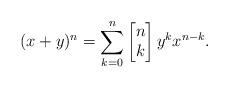
LaTeX: \begin{align*}(x+y)^n=\sum_{k=0}^n \begin{bmatrix} n \\k \end{bmatrix} y^k x^{n-k}.\end{align*}